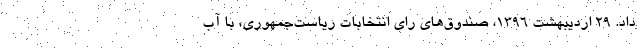
داد. 29 ارديبهشت 1396، صندوق‌هاي راي انتخابات رياست‌جمهوري، با آب